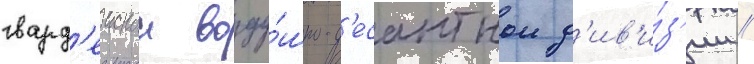
гвард'еискои возду́шно-д'есантнои д'ив'и́з'ии //